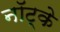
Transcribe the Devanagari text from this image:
नॉट्के